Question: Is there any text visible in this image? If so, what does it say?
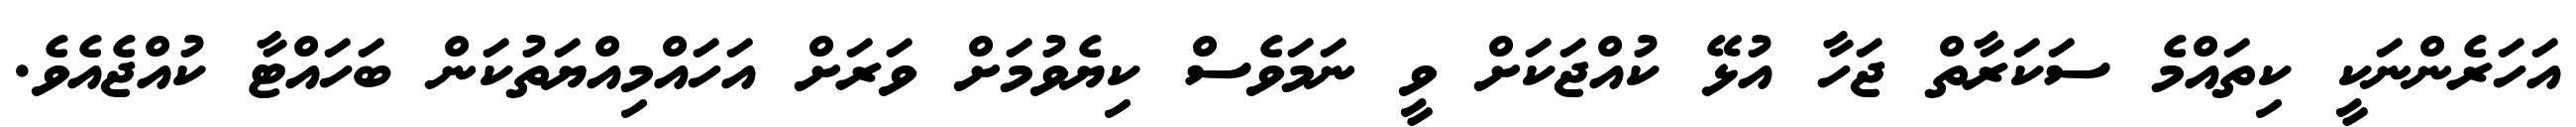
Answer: އަހަރެންނަކީ ކިތައްމެ ސަކަރާތް ޖަހާ އުޅޭ ކުއްޖަކަށް ވީ ނަމަވެސް ކިޔެވުމަށް ވަރަށް އަހައްމިއްޔަތުކަން ބަހައްޓާ ކުއްޖެއެވެ.